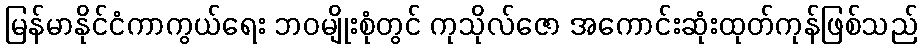
မြန်မာနိုင်ငံကာကွယ်ရေး ဘဝမျိုးစုံတွင် ကုသိုလ်ဇော အကောင်းဆုံးထုတ်ကုန်ဖြစ်သည်